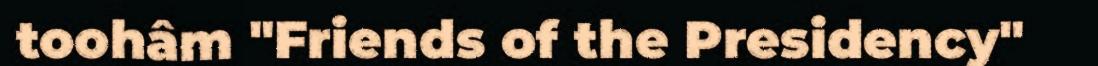
toohâm "Friends of the Presidency"